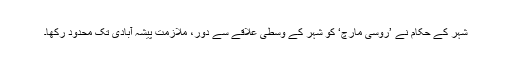
شہر کے حکام نے ’روسی مارچ‘ کو شہر کے وسطی علاقے سے دور، ملازمت پیشہ آبادی تک محدود رکھا۔